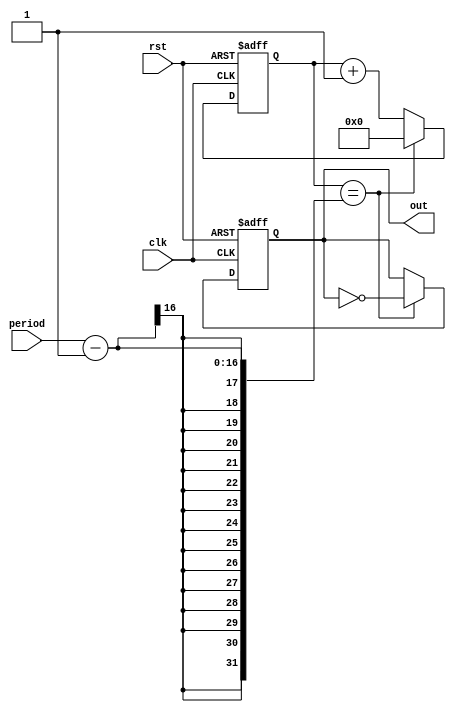
module periodic_timer (
    input clk,
    input rst,
    input [15:0] period,
    output reg out
);

reg [15:0] count;

always @(posedge clk or posedge rst) begin
    if (rst) begin
        count <= 0;
        out <= 0;
    end else begin
        if (count == period - 1) begin
            count <= 0;
            out <= ~out;
        end else begin
            count <= count + 1;
        end
    end
end

endmodule